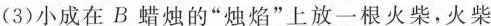
(3)小成在B蜡烛的”烛焰”上放一根火柴，火柴